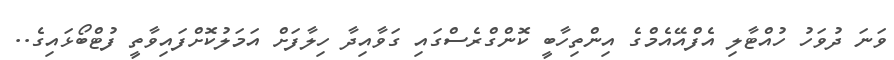
ވަނަ ދުވަހު ހުއްޓާލި އެފްއޭއެމްގެ އިންތިހާބީ ކޮންގްރެސްގައި ގަވާއިދާ ހިލާފަށް އަމަލުކޮށްފައިވާތީ ފުޓްބޯޅައިގެ..